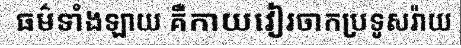
ធម៌ទាំងឡាយ គឺកាយវៀរចាកប្រទូសរ៉ាយ